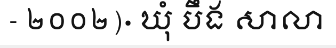
- ២០០២)· ឃុំ បឹង សាលា